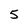
Character: 5